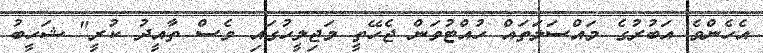
އެހެންވެ އަބުރުގެ މައްސަލަތައް ހުއްޓުވަން ޖެހޭތީ މަޖިލީހުގައި ވެސް ތާއީދު ކުރީ" ޝަހީބު